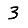
Digit: 3